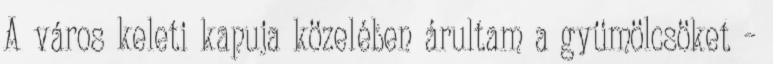
A város keleti kapuja közelében árultam a gyümölcsöket –